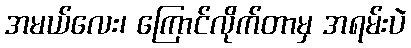
အမယ်လေး၊ ကြောင်လိုက်တာမှ အရမ်းပဲ